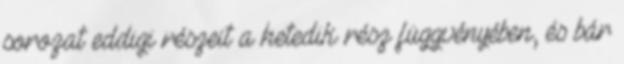
sorozat eddigi részeit a hetedik rész függvényében, és bár